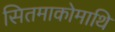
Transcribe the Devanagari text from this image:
सितमाकोमाथि